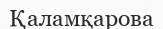
Қаламқарова